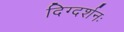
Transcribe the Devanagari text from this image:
दिग्दर्शनः